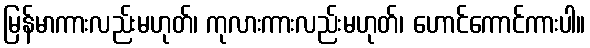
မြန်မာကားလည်းမဟုတ်၊ ကုလားကားလည်းမဟုတ်၊ ဟောင်ကောင်ကားပါ။